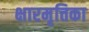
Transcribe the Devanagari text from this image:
क्षारमृत्तिका